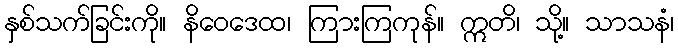
နှစ်သက်ခြင်းကို။ နိဝေဒေထ၊ ကြားကြကုန်။ ဣတိ၊ သို့။ သာသနံ၊